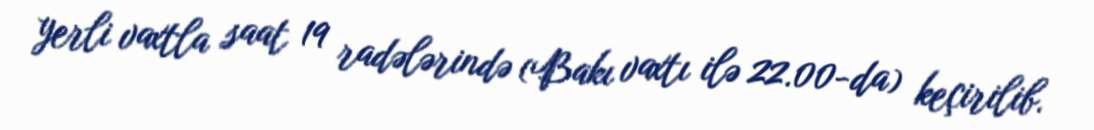
yerli vaxtla saat 19 radələrində (Bakı vaxtı ilə 22.00-da) keçirilib.